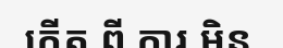
កើត ពី ការ មិន